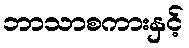
ဘာသာစကားနှင့်